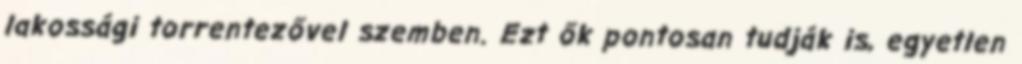
lakossági torrentezővel szemben. Ezt ők pontosan tudják is, egyetlen